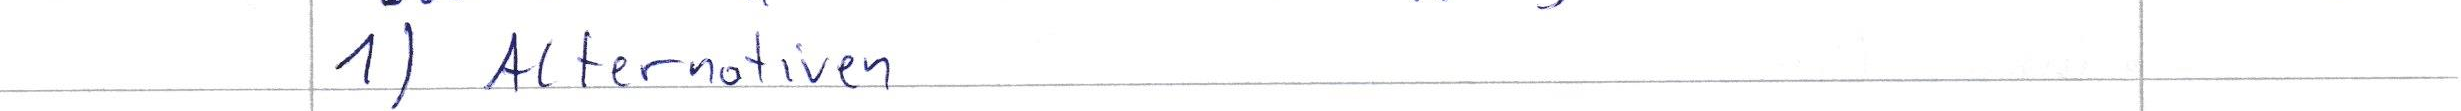
1) Alternativen